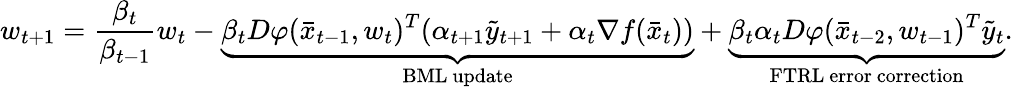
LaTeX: w_{t+1}=\frac{\beta_{t}}{\beta_{t-1}}w_{t}-\underbrace{\beta_{t}D\varphi(\bar{x}_{t-1},w_{t})^{T}(\alpha_{t+1}\tilde{y}_{t+1}+\alpha_{t}\nabla f(\bar{x}_{t}))}_{\mathrm{BML~update}}+\underbrace{\beta_{t}\alpha_{t}D\varphi(\bar{x}_{t-2},w_{t-1})^{T}\tilde{y}_{t}}_{\mathrm{FTRL~error~correction}}.